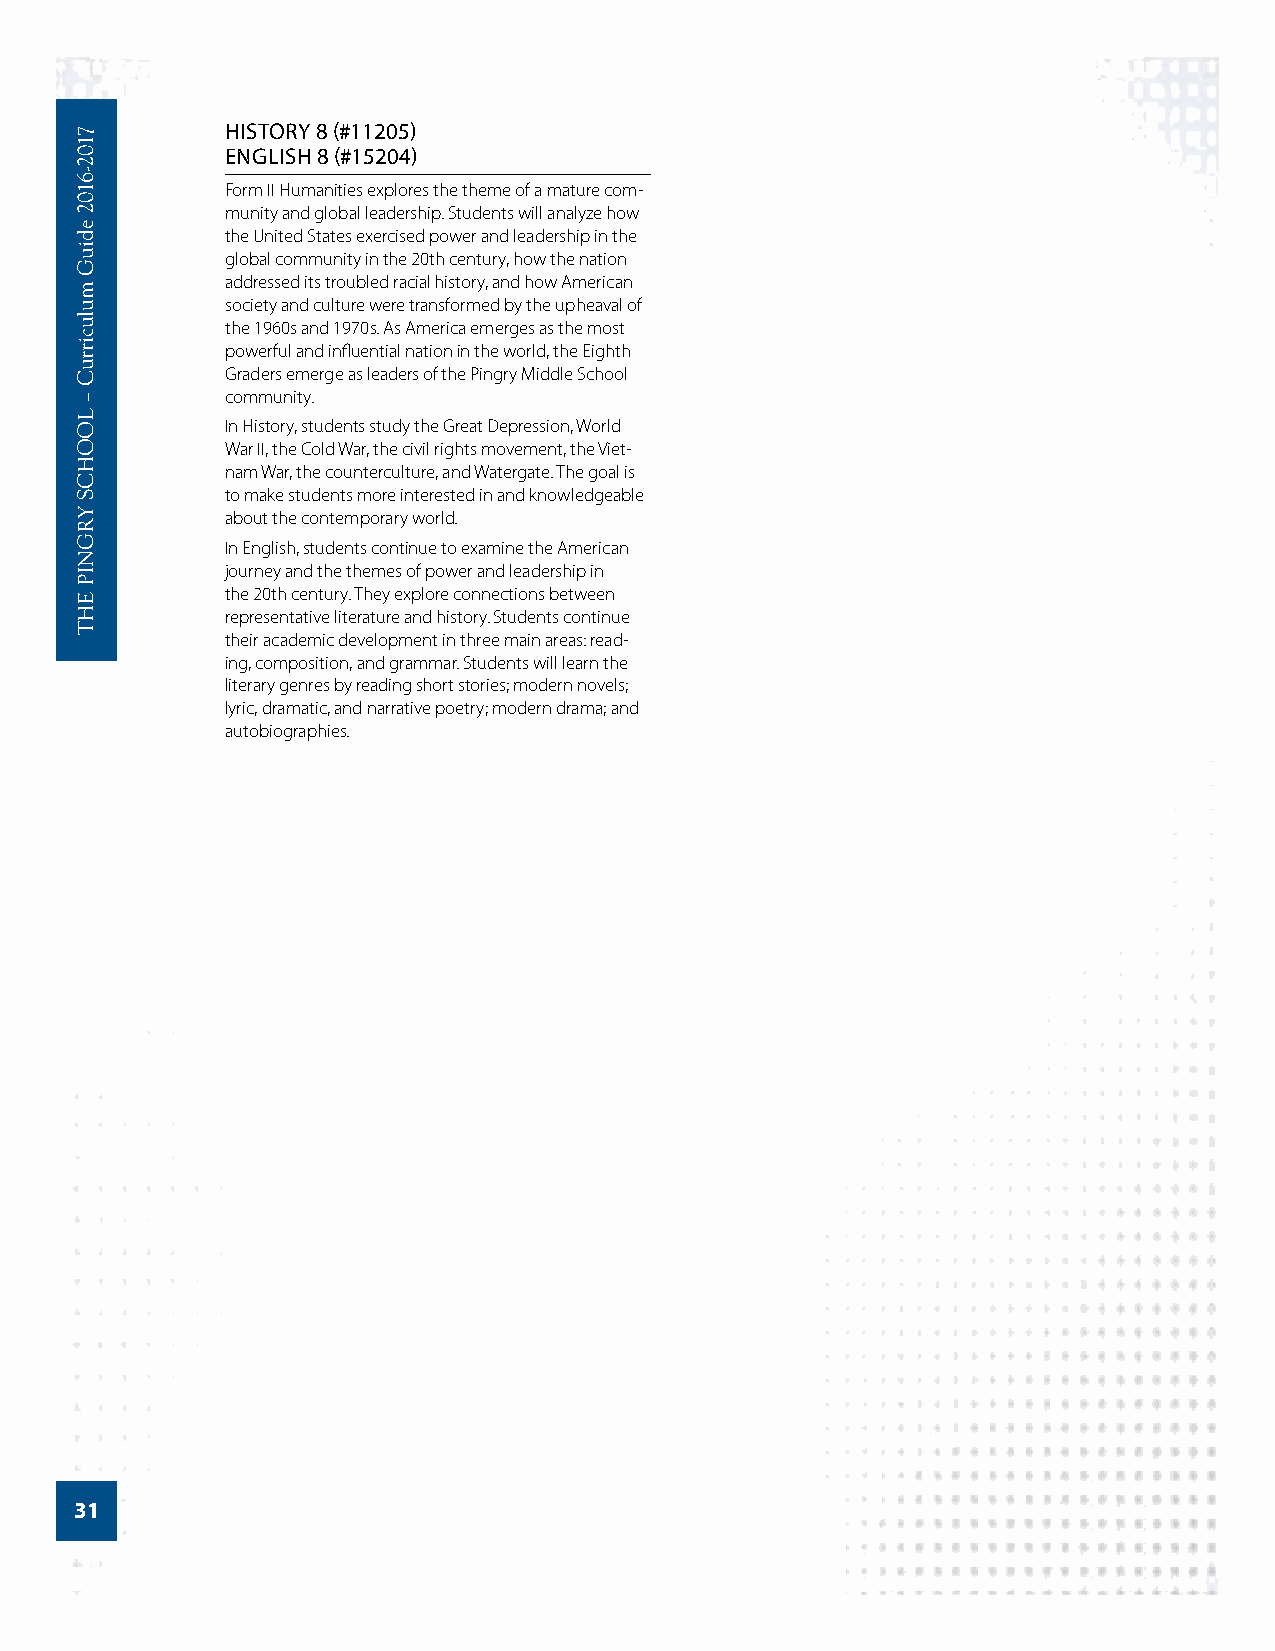
HISTORY 8 (#11205)
 ENGLISH 8 (#15204)
 Form II Humanities explores the theme of a mature com-
 munity and global leadership. Students will analyze how
 the United States exercised power and leadership in the
 global community in the 20th century, how the nation
 addressed its troubled racial history, and how American
 society and culture were transformed by the upheaval of
 the 1960s and 1970s. As America emerges as the most
 powerful and influential nation in the world, the Eighth
 Graders emerge as leaders of the Pingry Middle School
 community.
 In History, students study the Great Depression, World
 War II, the Cold War, the civil rights movement, the Viet-
 nam War, the counterculture, and Watergate. The goal is
 to make students more interested in and knowledgeable
 about the contemporary world.
 In English, students continue to examine the American
 journey and the themes of power and leadership in
 the 20th century. They explore connections between
 representative literature and history. Students continue
 their academic development in three main areas: read-
 ing, composition, and grammar. Students will learn the
 literary genres by reading short stories; modern novels;
 lyric, dramatic, and narrative poetry; modern drama; and
 autobiographies.
 31
 7102-­6102
 ediuG
 mulucirruC
 –
 LOOHCS
 YRGNIP
 EHT